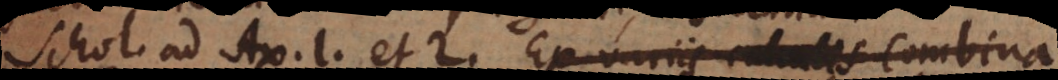
S A. 1 et 2. Ex variis calculis combina